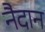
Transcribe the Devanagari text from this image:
नैदान